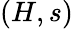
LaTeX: (H,s)